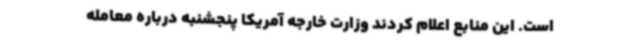
است. این منابع اعلام کردند وزارت خارجه آمریکا پنجشنبه درباره معامله